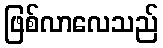
ဖြစ်လာလေသည်